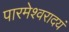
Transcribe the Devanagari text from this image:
पारमेश्वरादयं